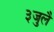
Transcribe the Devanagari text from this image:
३जुलै